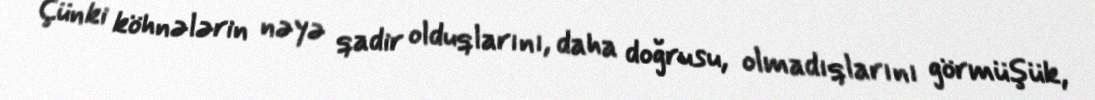
Çünki köhnələrin nəyə qadir olduqlarını, daha doğrusu, olmadıqlarını görmüşük,